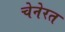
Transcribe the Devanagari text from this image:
चेनेरत